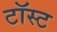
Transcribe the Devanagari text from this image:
टॉस्ट